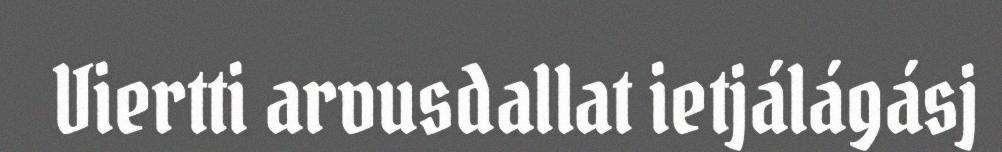
Viertti arvusdallat ietjálágásj